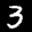
Label: 3